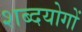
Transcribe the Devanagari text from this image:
शब्दयोगों